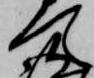
て